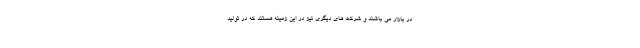
در بازار می باشند و شرکت های دیگری نیز در این زمینه هستند که در تولید